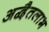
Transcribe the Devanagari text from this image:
अद्वैतलाभ